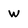
Character: W